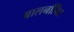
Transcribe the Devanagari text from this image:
बालनगििर